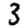
Digit: 3